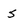
Character: 5